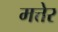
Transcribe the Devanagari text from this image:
मत्तेर